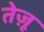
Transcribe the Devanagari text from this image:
तेज़ू